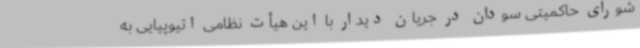
شورای حاکمیتی سودان در جریان دیدار با این هیأت نظامی اتیوپیایی به